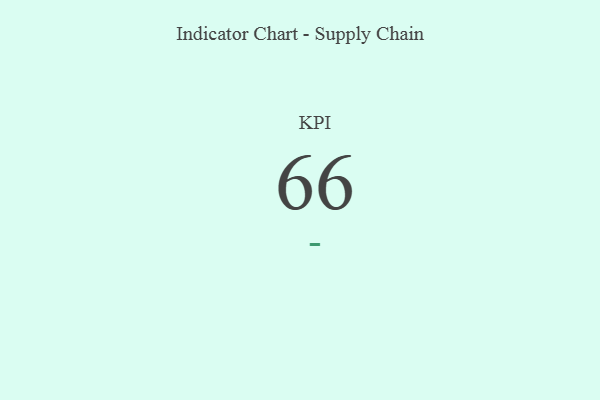
{"axis": {"x": "KPI", "y": "Value"}, "legend": [""], "data": [{"x": "KPI", "y": 66, "type": ""}]}